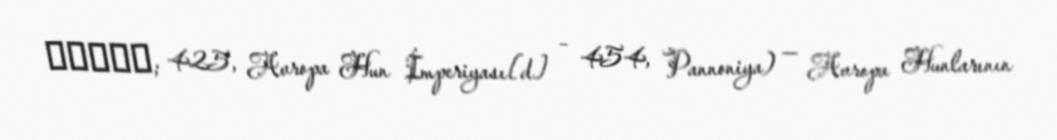
Έλλακ; 425, Avropa Hun İmperiyası[d] – 454, Pannoniya) — Avropa Hunlarının